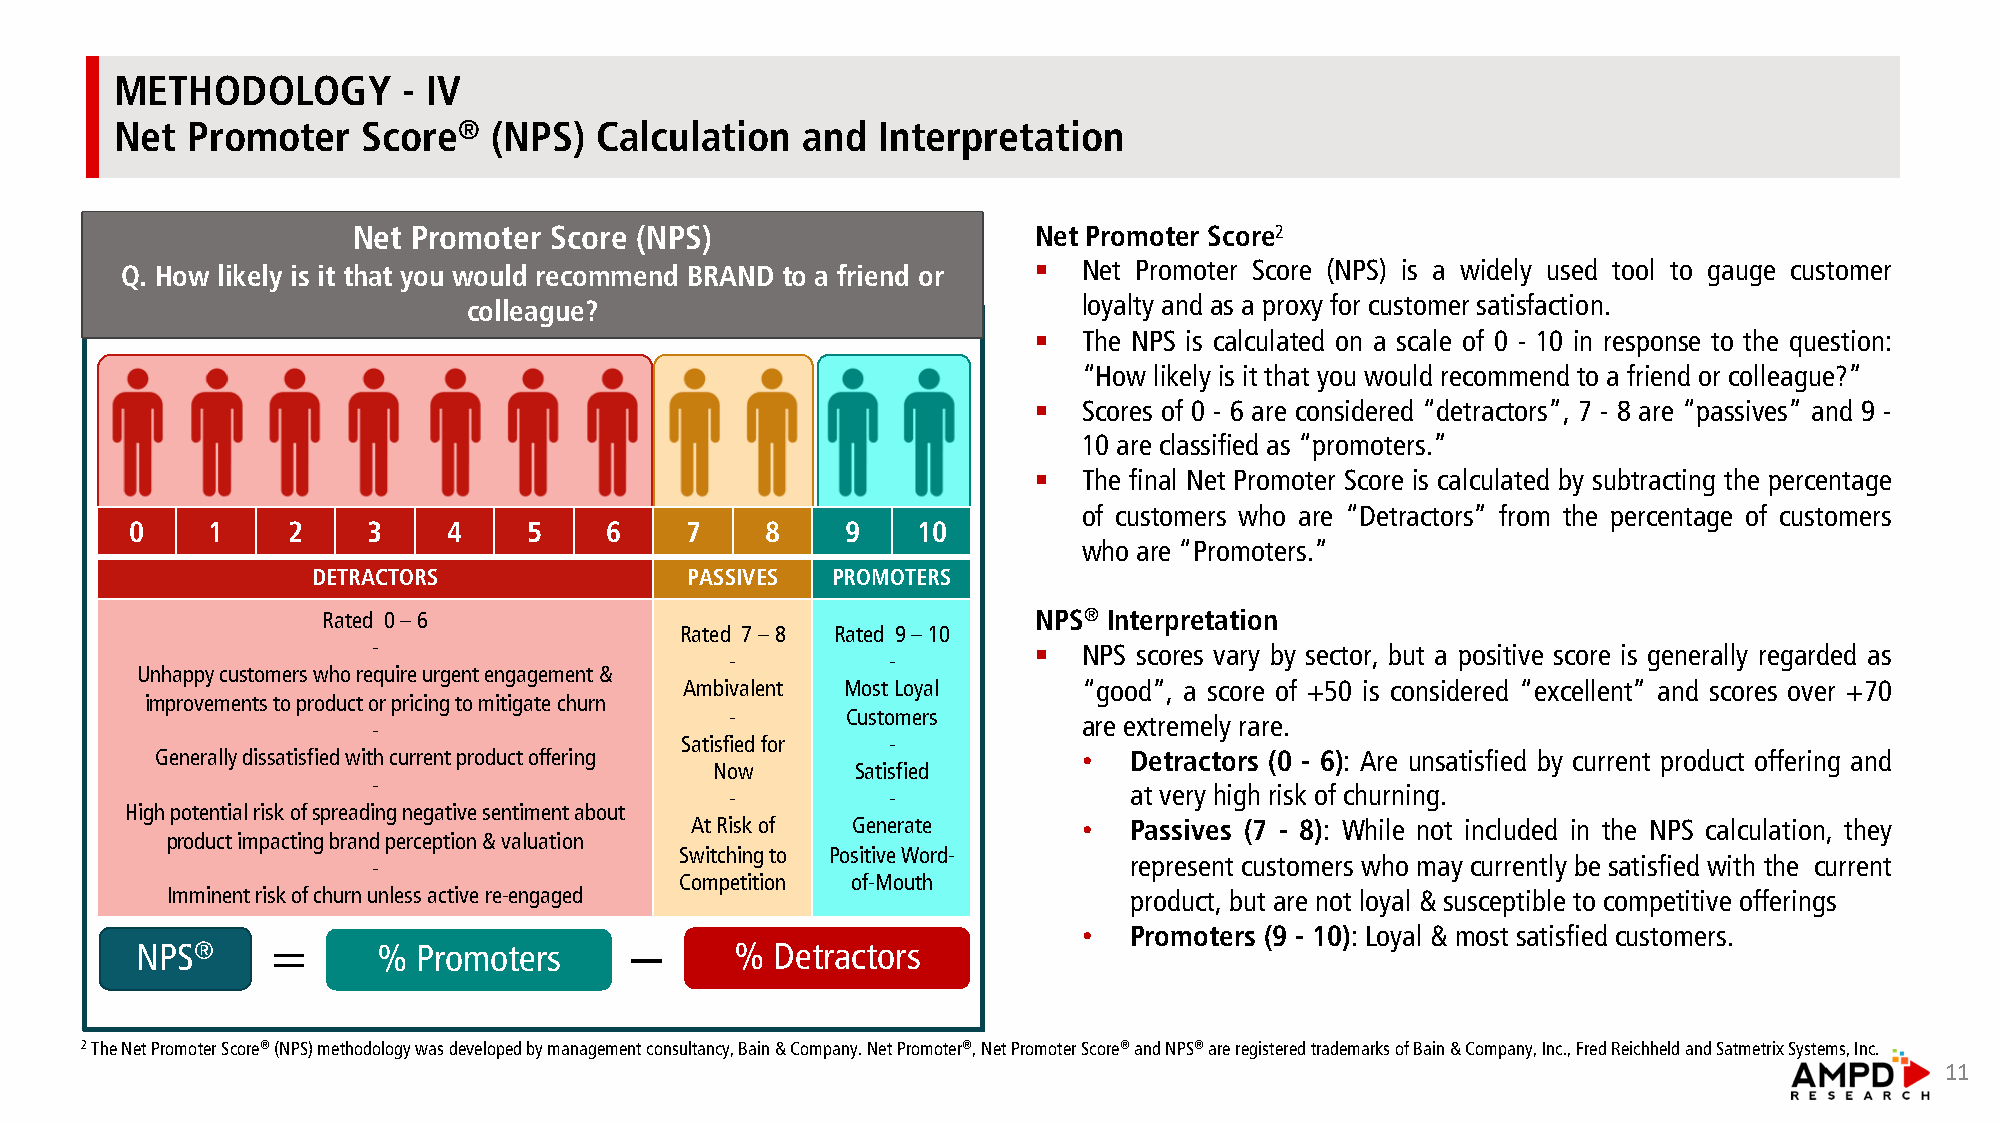
METHODOLOGY        - IV
 Net Promoter    Score®   (NPS) Calculation   and  Interpretation
 Net Promoter Score (NPS)                     Net Promoter Score2
 §   Net Promoter Score (NPS) is a widely used tool to gauge customer
 Q. How likely is it that you would recommend BRAND to a friend or
 colleague?                               loyalty and as a proxy for customer satisfaction.
 §   The NPS is calculated on a scale of 0 - 10 in response to the question:
 “How likely is it that you would recommend to a friend or colleague?”
 §   Scores of 0 - 6 are considered “detractors”, 7 - 8 are “passives” and 9 -
 10 are classified as “promoters.”
 §   The final Net Promoter Score is calculated by subtracting the percentage
 of customers who are “Detractors” from the percentage of customers
 0    1    2    3     4    5    6    7     8    9    10
 WA: 10.4%                                          who are “Promoters.”
 DETRACTORS              PASSIVES  PROMOTERS
 N=218
 Rated 0 –6                                     NPS® Interpretation
 Rated 7 –8 Rated 9 –10
 -                                          §   NPS scores vary by sector, but a positive score is generally regarded as
 -          -
 Unhappy customers who require urgent engagement &
 Ambivalent Most Loyal      “good”, a score of +50 is considered “excellent” and scores over +70
 improvements to product or pricing to mitigate churn
 -       Customers
 are extremely rare.
 -
 Satisfied for -
 Generally dissatisfied with current product offering          •  Detractors (0 - 6): Are unsatisfied by current product offering and
 Now       Satisfied
 -
 -          -               at very high risk of churning.
 High potential risk of spreading negative sentiment about
 At Risk of Generate       •  Passives (7 - 8): While not included in the NPS calculation, they
 product impacting brand perception & valuation
 Switching to Positive Word-
 -                                                 represent customers who may currently be satisfied with the current
 Competition of-Mouth
 Imminent risk of churn unless active re-engaged                 product, but are not loyal & susceptible to competitive offerings
 •  Promoters (9 - 10): Loyal & most satisfied customers.
 NPS®     =      %  Promoters     −      % Detractors
 2The Net Promoter Score®(NPS) methodology was developed by management consultancy, Bain & Company. Net Promoter®, Net Promoter Score®and NPS®are registered trademarks of Bain & Company, Inc., Fred Reichheld and Satmetrix Systems, Inc.
 11